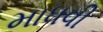
માધવી